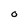
Character: O